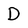
Character: D